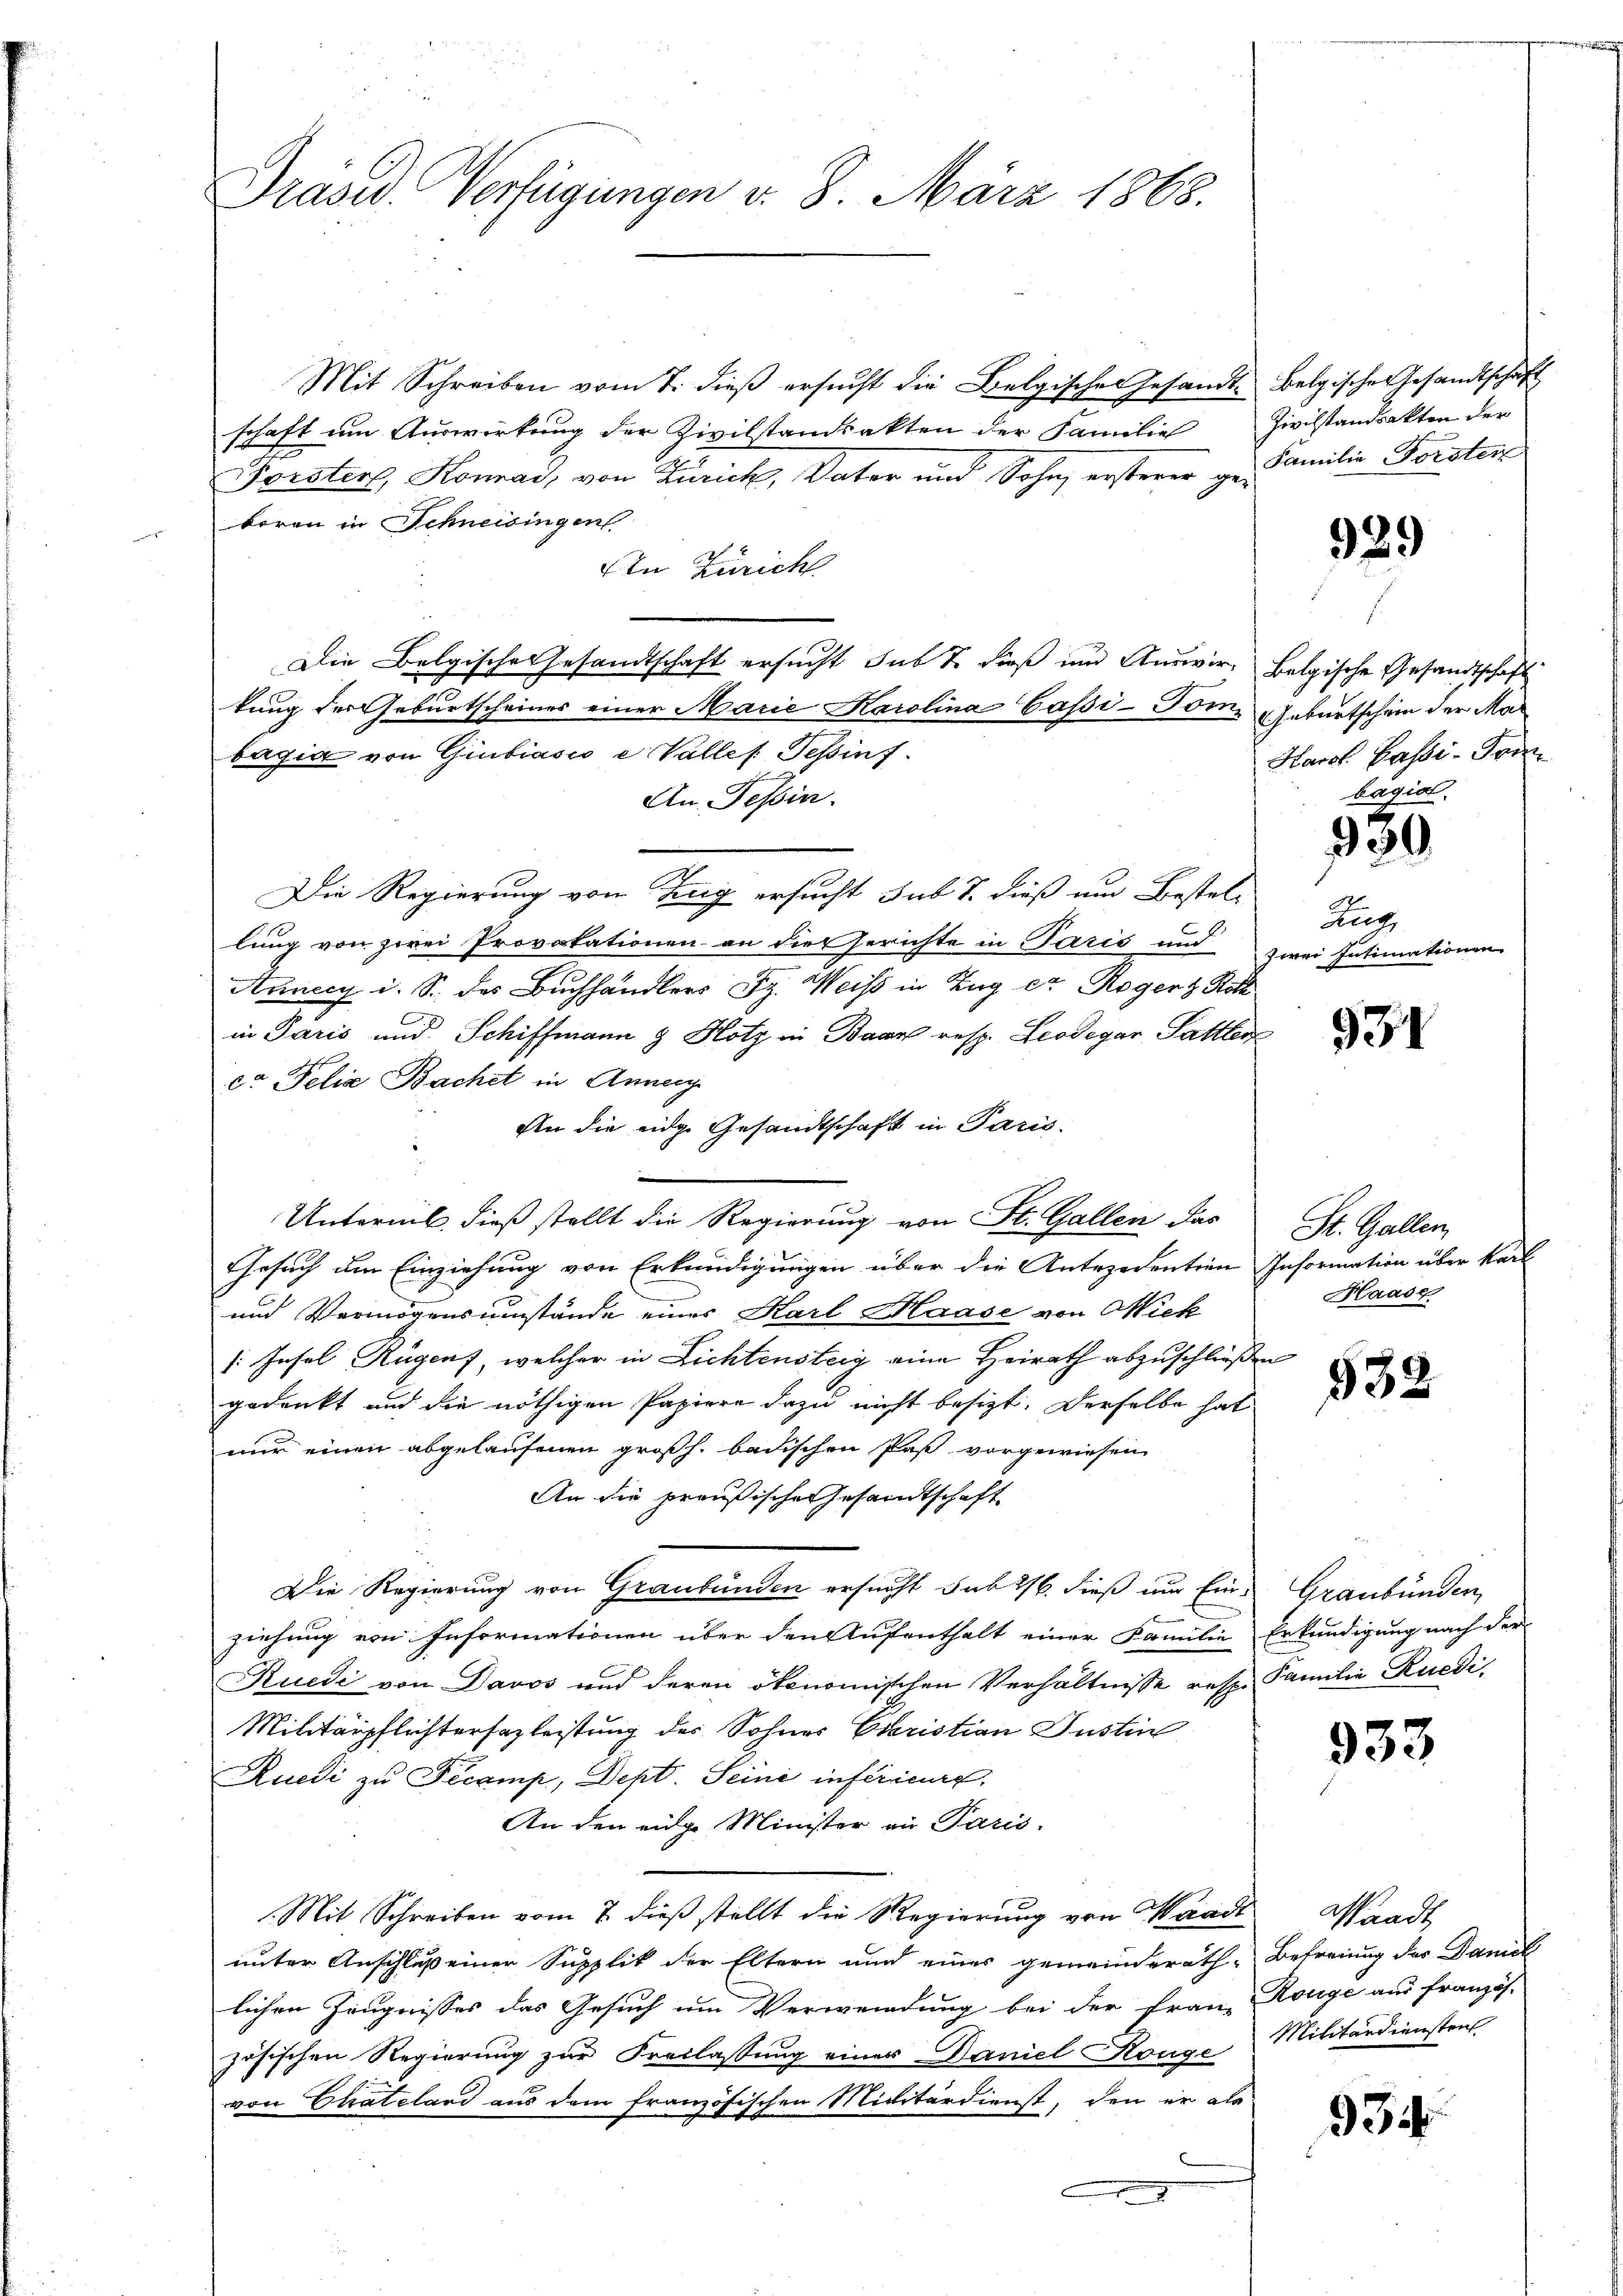
Präsid. Verfügungen v. 8. März 1868.

Mit Schreiben vom 7. dieß ersucht die Belgische Gesandt belgische Gesandtschaft
schaft um Auswirkung der Zivilstandsakten der Familie
Forsters, Honai, von Zürich, Vater und Sohn, ersterer ge. Familie Forsten
boren in Schneisingen
Den Zürich
Die Belgische Gesandtschaft ersucht sub 2. dieß und Auswir- Belgische Gesandtschaft
kung der Geburtscheines einer Marie Karolina Cassi-Tomi Geburtschein der Mar
bagia von Giubiasco e Valles Tessin f
An Tessin.
Die Regierung von Zug ersucht sub 7. dieß um Bestel-
lung von zwei Provokationen an die Gerichte in Paris und zwei Insimationen
Aunecy i. S. des Buchhändlers Sz. Weiss in Zug er Roger z Roth
in Paris und Schiffmann g Hotz in Baar resp. Leodegar Sattler
ca Felia Bachet in Anneig
An die eidg. Gesandtschaft in Paris.
Unternis, dieß stellt die Regierung von St. Gallen das
Gesuch um Einziehung von Erkundigungen über die Antezerention Information über kai¬
und Vermögensumstände einer Karl Haase von Wieck
: Insel Rügen, welcher in Lichtensteig eine Heirath abzuschließen
gedenkt auf die nöthigen Papiere dazu nicht besizt. Derselbe hat
nur einen abgelaufenen großh. badischen Paß vorgewiesen
An die preußische Gesandtschaft
Die Regierung von Graubünden ersucht sub 26. dieß nur Ein Graubünden,
e
ziehung von Informationen über den Aufenthalt einer Familie Erkundigung nach der
Ruedi von Davos und deren ökonomischen Verhältnisse resp. Familie Rüedi,
Militärpflichtersazleistung des Sohnes Eseristian Justin
Ruedi zu Fecamp, Dept. Seine inférieure.
An den eidge Minister an Paris.
Mit Schreiben vom 7. dieß stellt die Regierung von Waadt
unter Anschluß einer Supplik der Eltern und eines gemeinderäth-Befreiung der Damal
lichen Zeugnisses das Gesuch um Verwendung bei der Franz Rouge aus französ-
zösischen Regierung zur Freilassung einer Daniel ange Militärdienstens
von Chatelard aus dem französischen Militärdienst, den er als

Zivilstandsakten der

929

Harol. Passi-Fran
bagial.

90

Rut

931

St. Gallen
Haase

532

333

Waadt

934.